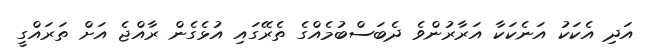
އަދި އެކަކު އަނެކަކާ އަރާރުންވެ ދެބަސްބުމެއްގެ ތެރޭގައި އުޅެގެން ރާއްޖެ އަށް ތަރައްގީ